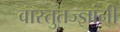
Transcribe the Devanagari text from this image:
वास्तुतज्ज्ञांनी